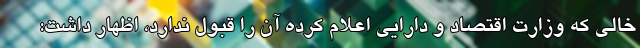
خالی که وزارت اقتصاد و دارایی اعلام کرده آن را قبول ندارد، اظهار داشت: